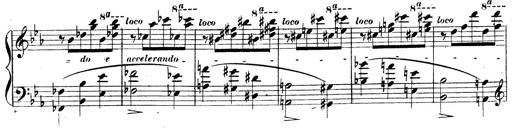
Title: 3 Caprices-Valses
Composer: Franz Liszt